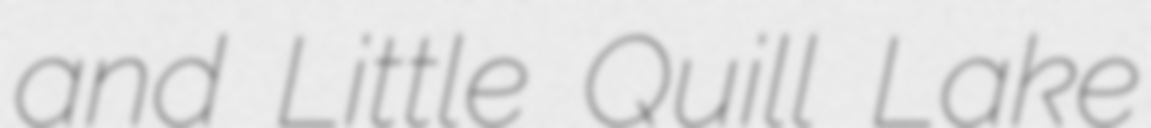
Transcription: and Little Quill Lake